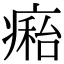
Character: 𤹇